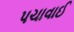
પચાવાઈ